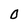
Character: O